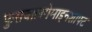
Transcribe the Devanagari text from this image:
फुसबालगेमाइनशाफ्ट